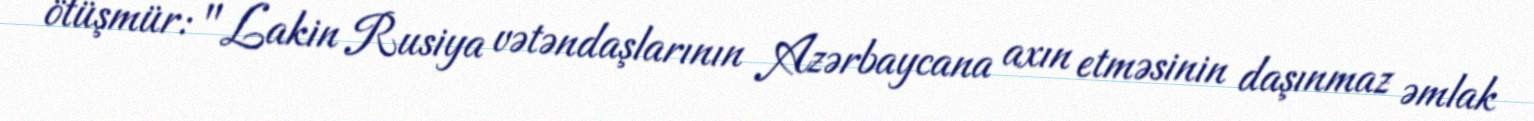
ötüşmür: "Lakin Rusiya vətəndaşlarının Azərbaycana axın etməsinin daşınmaz əmlak